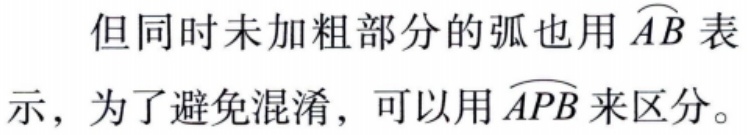
但同时未加粗部分的弧也用$\overset{\frown}{AB}$表示，为了避免混淆，可以用$\overset{\frown}{APB}$来区分。